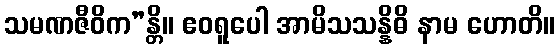
သမဏဇီဝိက”န္တိ။ ဧဝရူပေါ အာမိသသန္နိဓိ နာမ ဟောတိ။